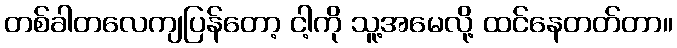
တစ်ခါတလေကျပြန်တော့ ငါ့ကို သူ့အမေလို့ ထင်နေတတ်တာ။